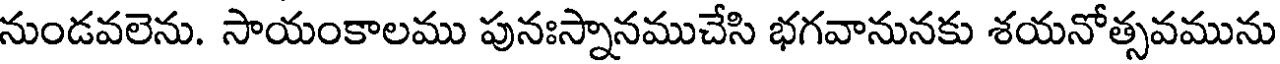
నుండవలెను. సాయంకాలము పునఃస్నానముచేసి భగవానునకు శయనోత్సవమును